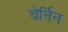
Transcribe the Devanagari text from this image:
चेर्निन